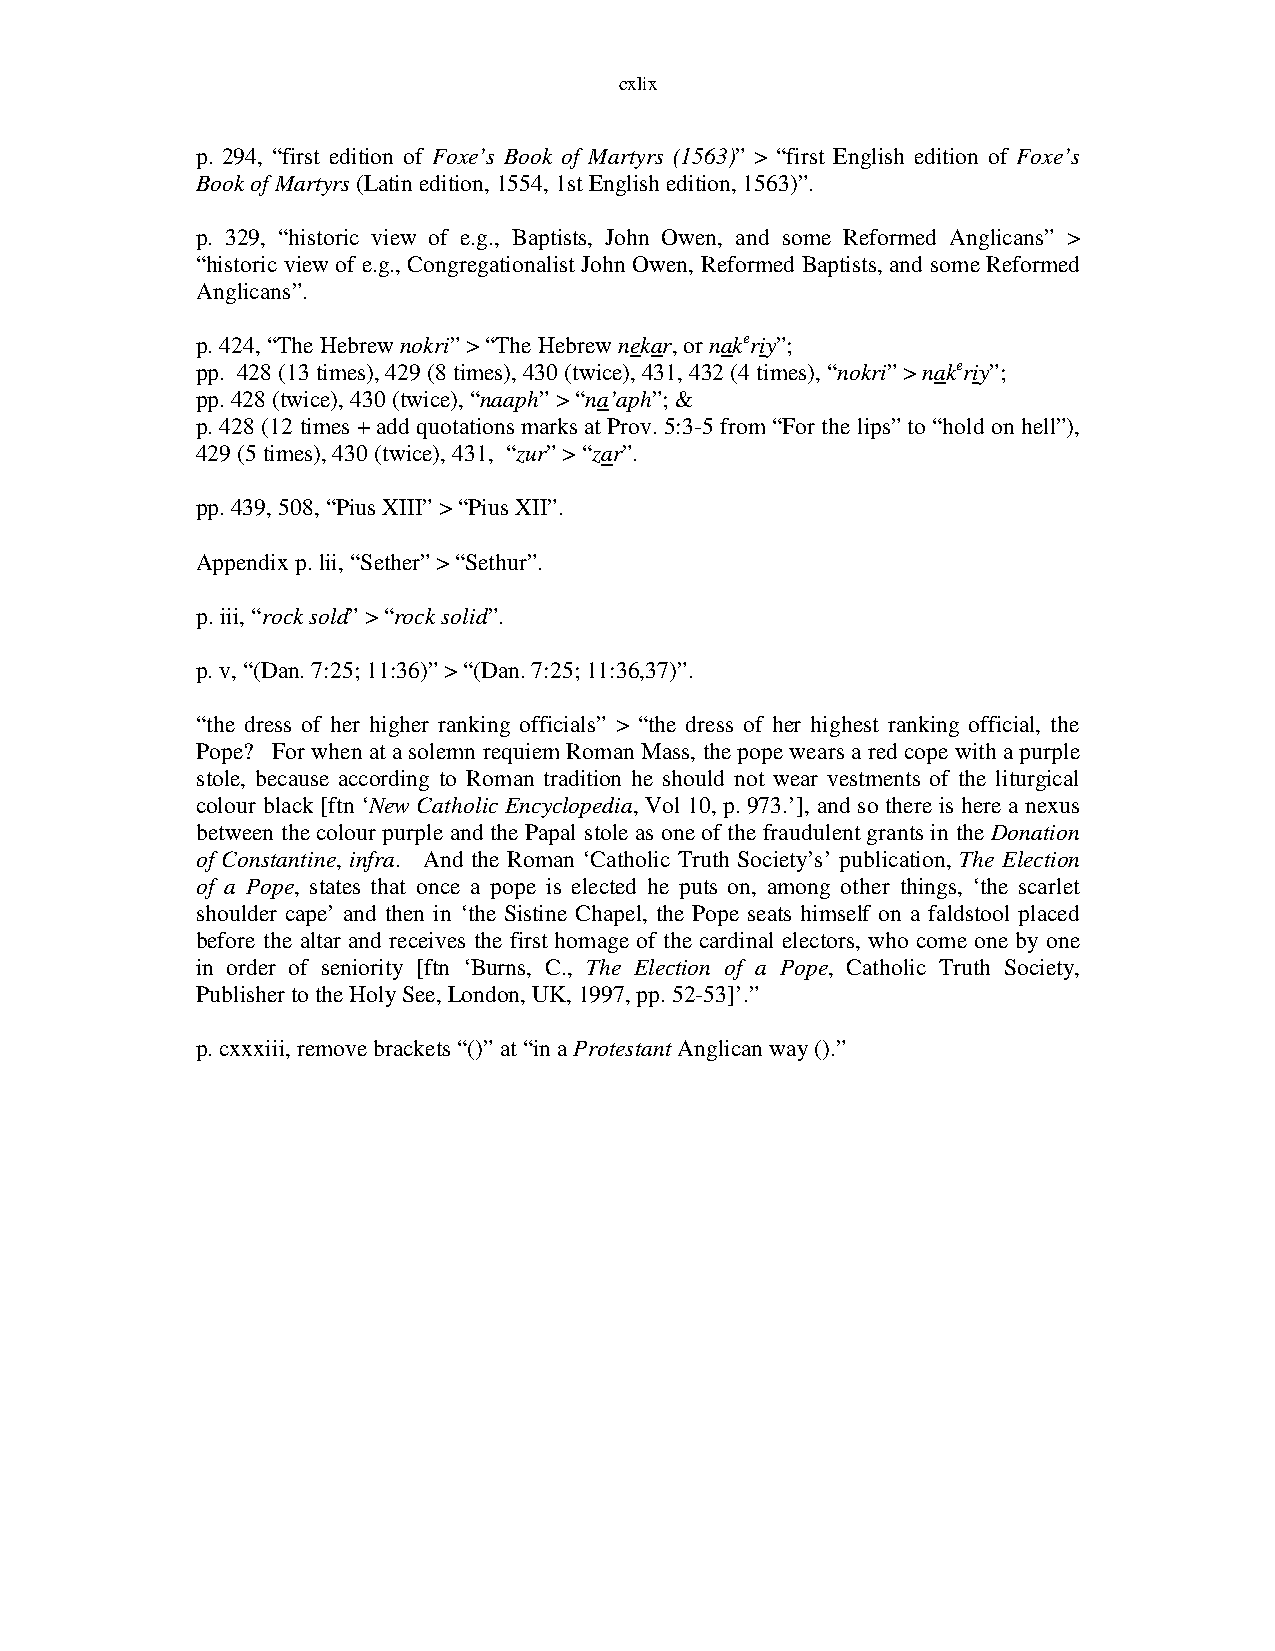
cxlix
 p. 294, “first edition of Foxe’s Book of Martyrs (1563)” > “first English edition of Foxe’s
 Book of Martyrs (Latin edition, 1554, 1st English edition, 1563)”.
 p. 329, “historic view of e.g., Baptists, John Owen, and some Reformed Anglicans” >
 “historic view of e.g., Congregationalist John Owen, Reformed Baptists, and some Reformed
 Anglicans”.
 p. 424, “The Hebrew nokri” > “The Hebrew nekar, or nakeriy”;
 pp. 428 (13 times), 429 (8 times), 430 (twice), 431, 432 (4 times), “nokri” > nakeriy”;
 pp. 428 (twice), 430 (twice), “naaph” > “na’aph”; &
 p. 428 (12 times + add quotations marks at Prov. 5:3-5 from “For the lips” to “hold on hell”),
 429 (5 times), 430 (twice), 431, “zur” > “zar”.
 pp. 439, 508, “Pius XIII” > “Pius XII”.
 Appendix p. lii, “Sether” > “Sethur”.
 p. iii, “rock sold” > “rock solid”.
 p. v, “(Dan. 7:25; 11:36)” > “(Dan. 7:25; 11:36,37)”.
 “the dress of her higher ranking officials” > “the dress of her highest ranking official, the
 Pope? For when at a solemn requiem Roman Mass, the pope wears a red cope with a purple
 stole, because according to Roman tradition he should not wear vestments of the liturgical
 colour black [ftn ‘New Catholic Encyclopedia, Vol 10, p. 973.’], and so there is here a nexus
 between the colour purple and the Papal stole as one of the fraudulent grants in the Donation
 of Constantine, infra. And the Roman ‘Catholic Truth Society’s’ publication, The Election
 of a Pope, states that once a pope is elected he puts on, among other things, ‘the scarlet
 shoulder cape’ and then in ‘the Sistine Chapel, the Pope seats himself on a faldstool placed
 before the altar and receives the first homage of the cardinal electors, who come one by one
 in order of seniority [ftn ‘Burns, C., The Election of a Pope, Catholic Truth Society,
 Publisher to the Holy See, London, UK, 1997, pp. 52-53]’.”
 p. cxxxiii, remove brackets “()” at “in a Protestant Anglican way ().”